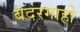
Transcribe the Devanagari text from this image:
बंदरगाहो